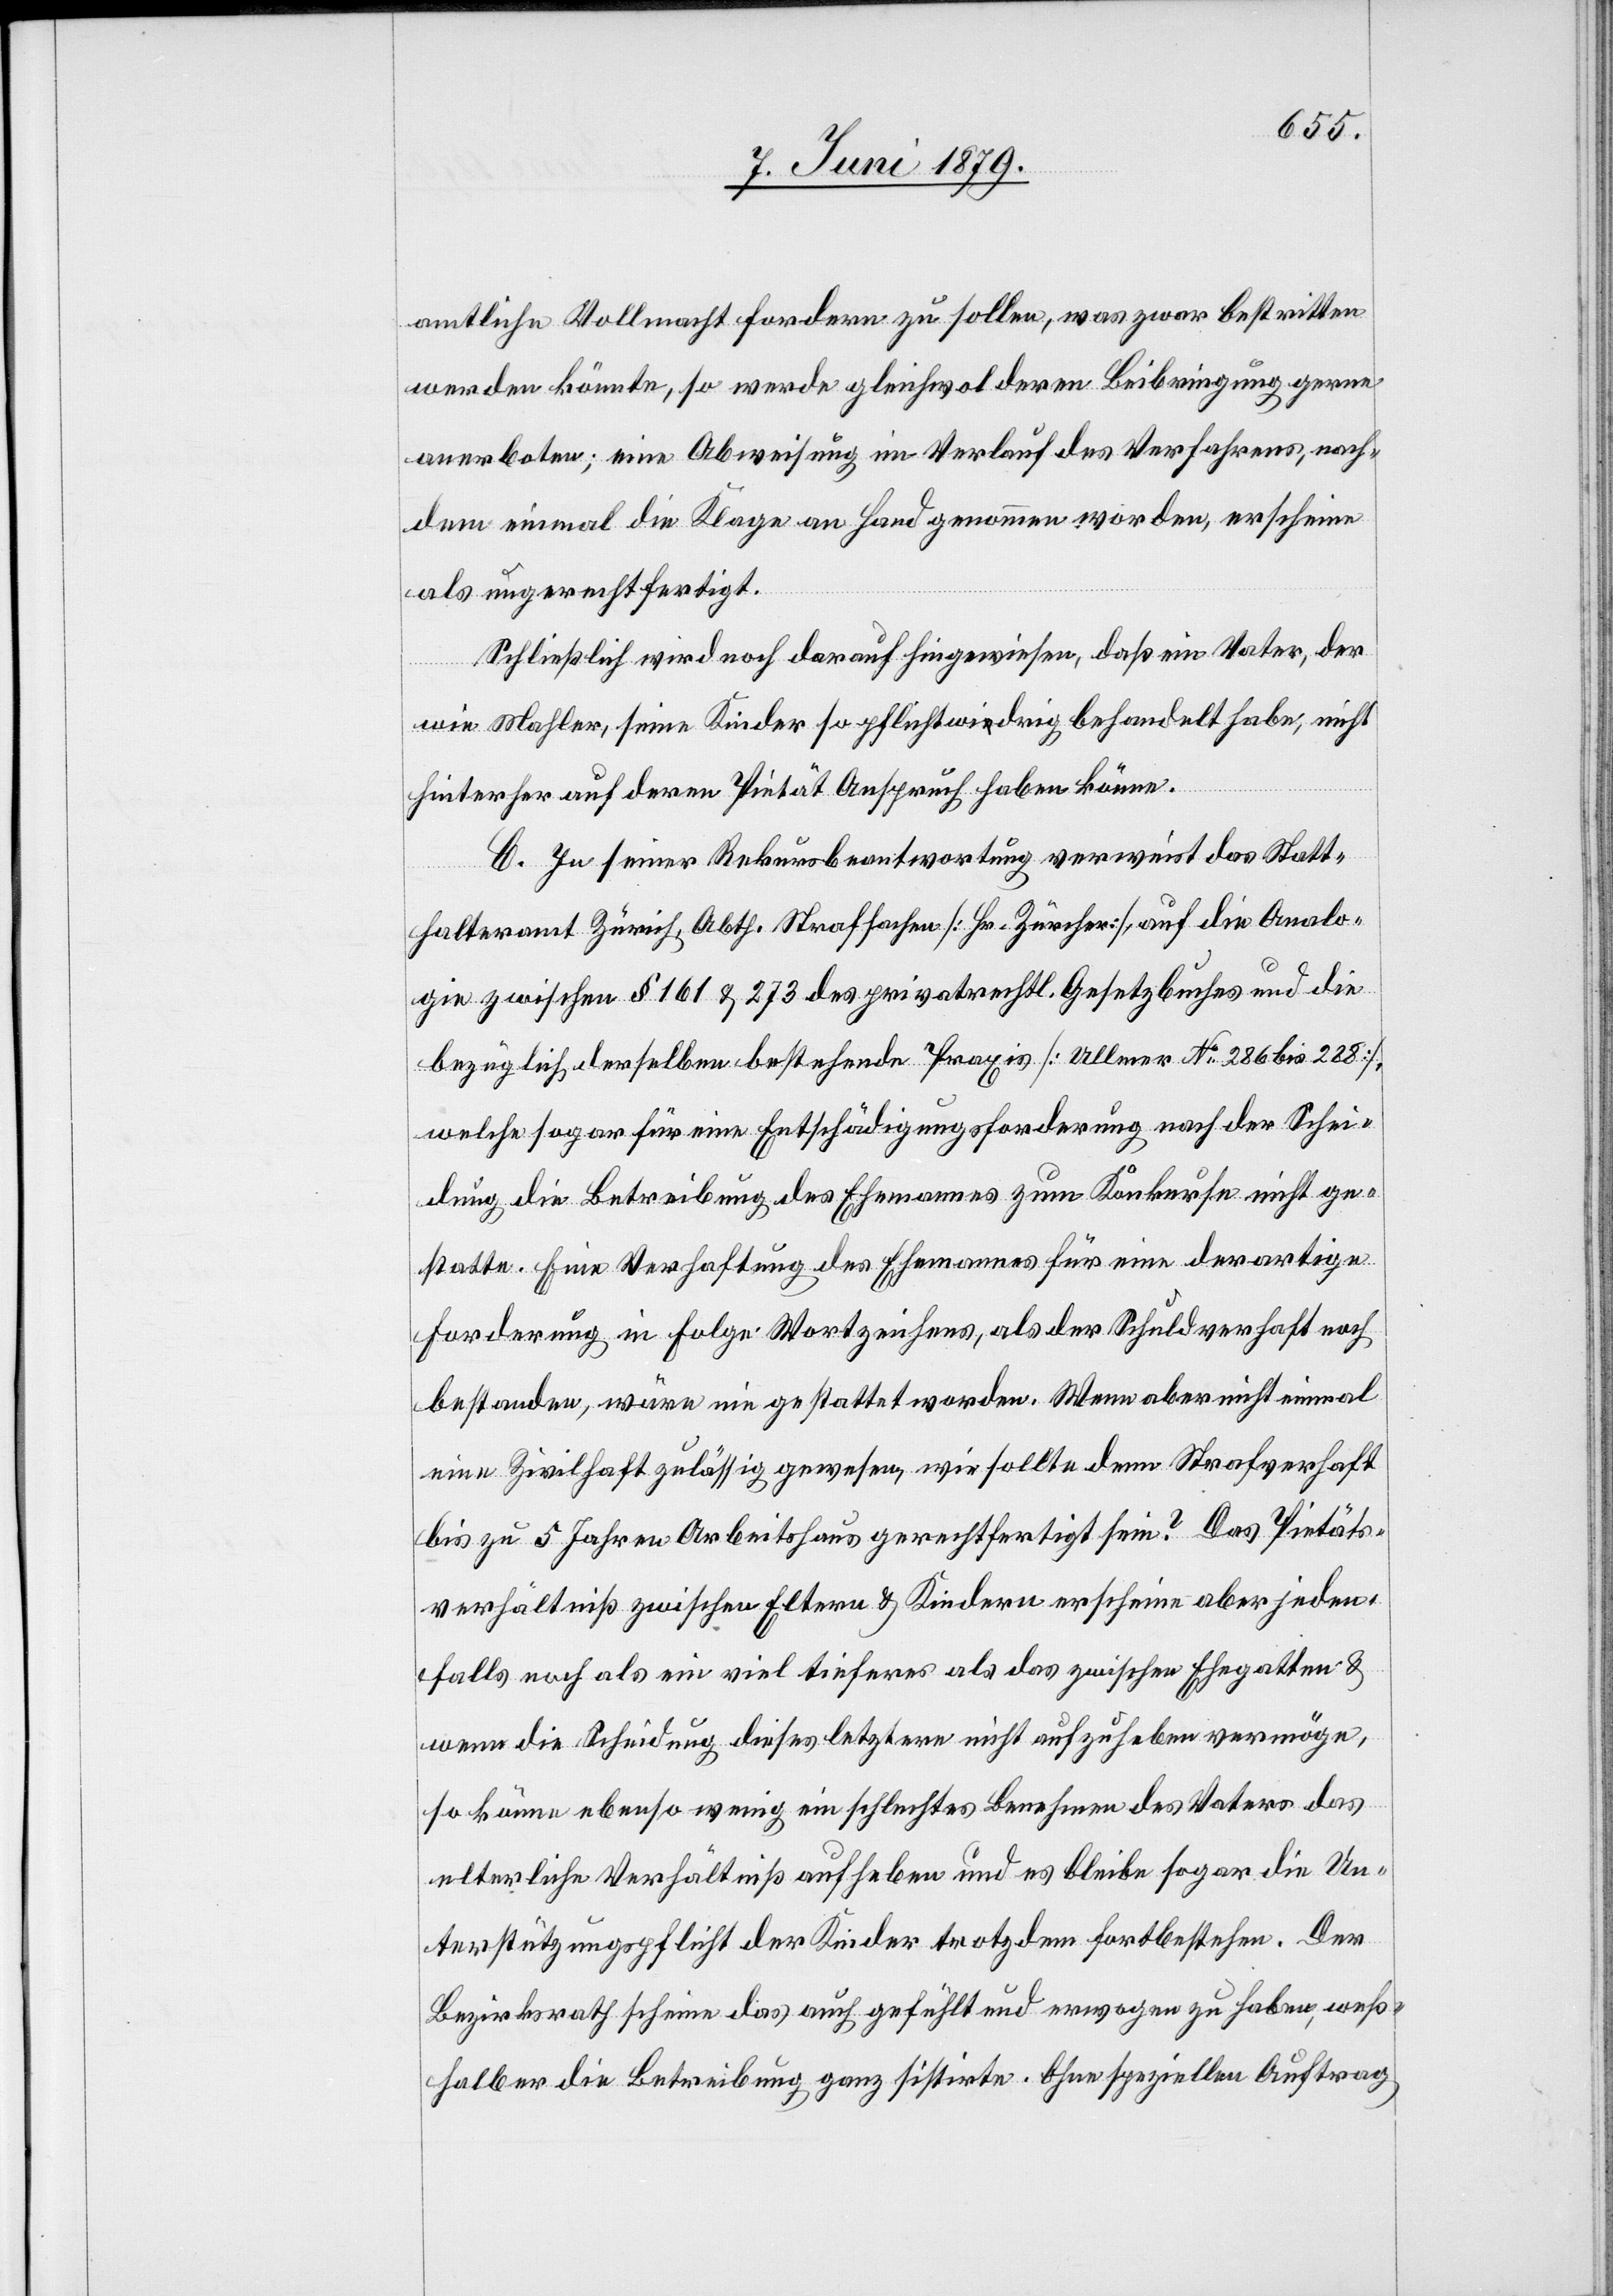
amtliche Vollmacht fordern zu sollen, was zwar bestritten
werden könnte, so werde gleichwol deren Beibringung gerne
anerboten; eine Abweisung im Verlauf des Verfahrens, nach¬
dem einmal die Klage an Hand genommen worden, erscheine
als ungerechtfertigt.
Schließlich wird noch darauf hingewiesen, daß ein Vater, der
wie Mahler, seine Kinder so pflichtwidrig behandelt habe, nicht
hinterher auf deren Pietät Anspruch haben könne.
C. In seiner Rekursbeantwortung verweist das Statt¬
halteramt Zürich, Abth. Strafsachen [Hr. Zürcher], auf die Analo¬
gie zwischen § 161 & 273 des privatrechtl. Gesetzbuches und die
bezüglich derselben bestehende Praxis [Ullmer No 286 bis 288],
welche sogar für eine Entschädigungsforderung nach der Schei¬
dung die Betreibung des Ehemannes zum Konkurse nicht ge¬
statte. Eine Verhaftung des Ehemannes für eine derartige
Forderung in Folge Wortzeichens, als der Schuldverhaft noch
bestanden, wäre nie gestattet worden. Wenn aber nicht einmal
eine Zivilhaft zulässig gewesen, wie sollte denn Strafverhaft
bis zu 5 Jahren Arbeitshaus gerechtfertigt sein? Das Pietäts¬
verhältniß zwischen Eltern & Kindern erscheine aber jeden¬
falls noch als ein viel tieferes als das zwischen Ehegatten &
wenn die Scheidung dieses letztere nicht aufzuheben vermöge,
so könne ebenso wenig ein schlechtes Benehmen des Vaters das
elterliche Verhältniß aufheben und es bleibe sogar die Un¬
terstützungspflicht der Kinder trotzdem fortbestehen. Der
Bezirksrath scheine das auch gefühlt und erwogen zu haben, weß¬
halb er die Betreibung ganz sistirte. Ohne speziellen Auftrag